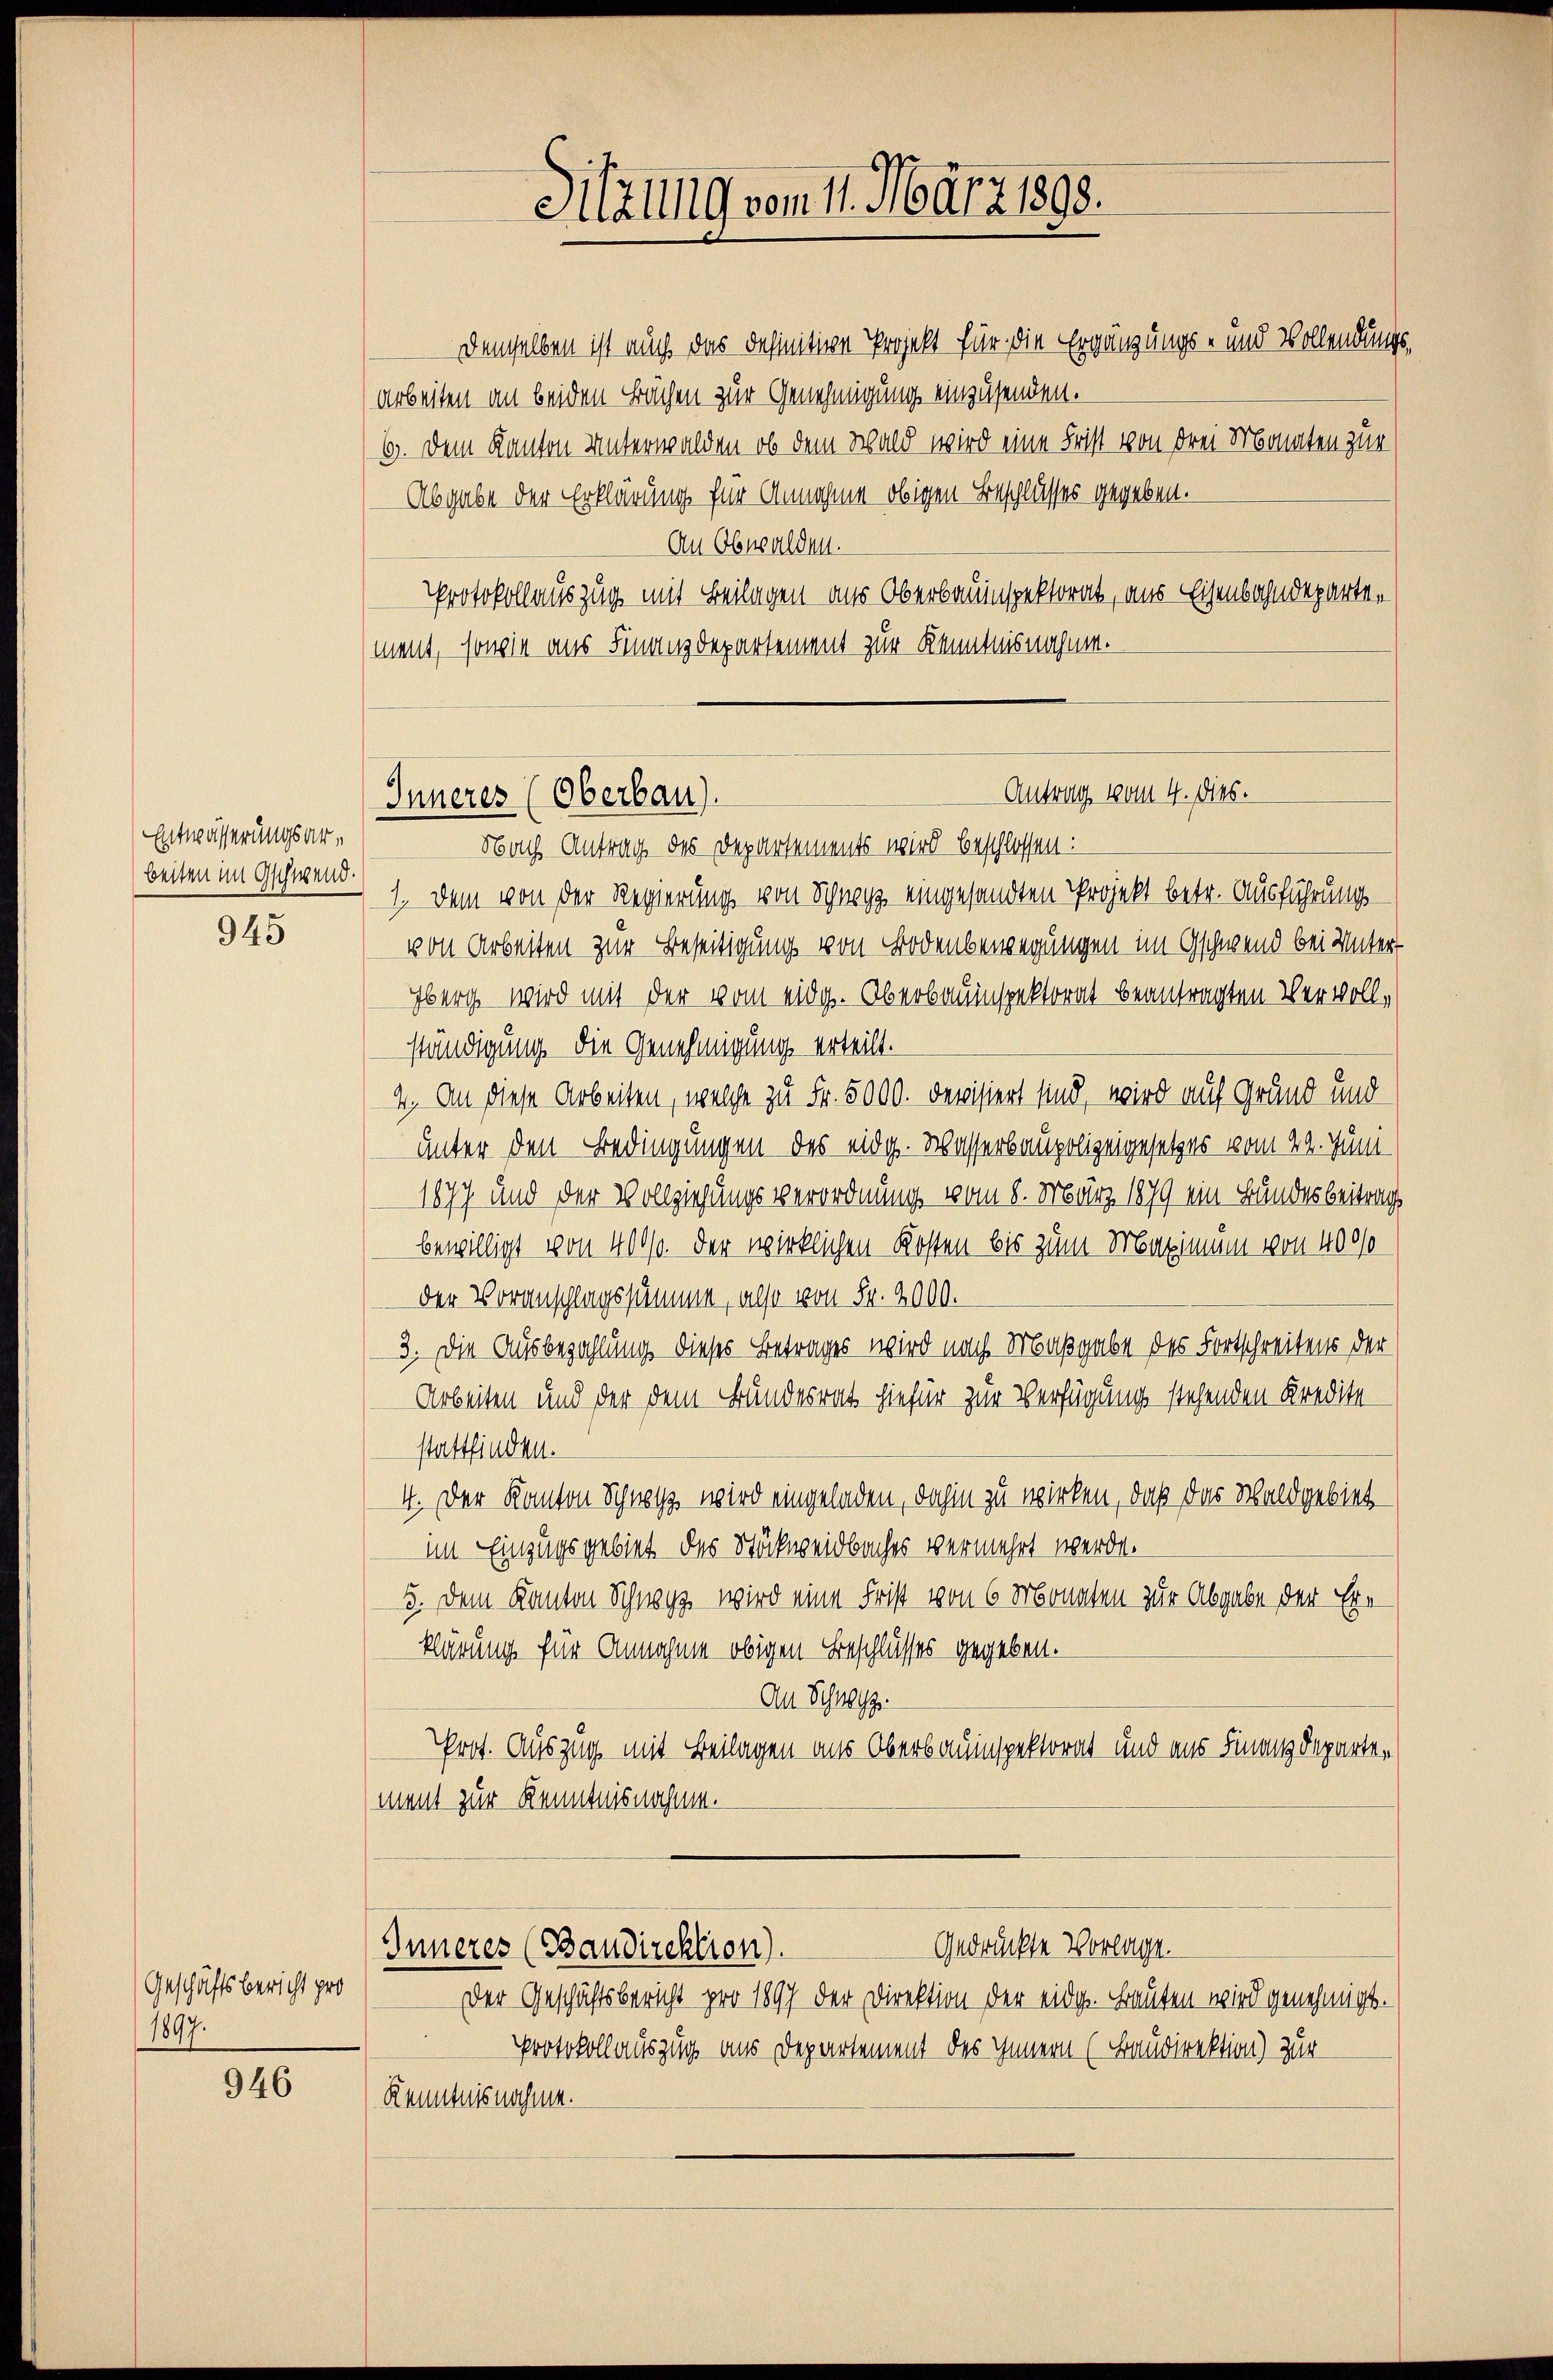
Entwässerungsarbeiten im Gschwend.

945

Geschäftsbericht pro
1897.

946

Sitzung vom 11. März 1898.

demselben ist auch das definitive Projekt für die Ergänzungs- und Vollendungs¬
Arbeiten an beiden Bächen zur Genehmigung einzusenden.
19. Dem Kanton Unterwalden, ob dem Wald wird eine Frist von drei Monaten zur
Abgabe der Erklärung für Annahme obigen Beschlusses gegeben.
An Obwalden.
Protokollauszug mit Beilagen aus Oberbauinspektorat, aus Eisenbahndepartement, sowie aus Finanzdepartement zur Kenntnisnahmen.

Antrag vom 4. dies.
Inneres (Oberbau).

Nach Antrag des Departements wird beschlossen:
1. Dem von der Regierung von Schwyz eingesandten Projekt betr. Ausführungs-
von Arbeiten zur Beseitigung von Bodenbewegungen im Gschwend bei Unter
Eberg wird mit der vom eidg. Oberbauinspektorat beantragten Vervollständigung die Genehmigung erteilt.
4. An diese Arbeiten, welche zu Fr. 5000. Devisiert sind, wird auf Grund und
unter den Bedingungen des eidg. Wasserbaupolizeigesetzes vom 29. Juni
1877 und der Vollziehungsverordnung vom 8. März 1879 ein Bundesbeitrag
bewilligt von 400/. der wirklichen Kosten bis zum Maximum von 400/0
der Voranschlagssumme, also von Fr. 2000.
3. Die Ausbezahlung dieses Betrages wird nach Maßgabe des Fortschreitens der
Arbeiten und der dem Bundesrat hiefür zur Verfügung stehenden Kredite
stattfinden.
4. Der Kanton Schnet wird eingeladen, dahin zu wirken, daß das Waldgebiet
im Einzugsgebiet des Stückweidbaches vermehrt werde.
5. Dem Kanton Schwyz, wird eine Frist von 6 Monaten zur Abgabe der Erklärung für Annahme obigen Beschlusses gegeben.
An Schwsp.
Prot. Auszug mit Beilagen aus Oberbauinspektorat und aus Finanzdepartement zur Kenntnisnahmen.
Gedrückte Vorlage.
Inneres (Baudirektion).
Der Geschäftsbericht pro 1897 der Direktion der eidg. Bauten wird genehmigt.
Protokollauszug aus Departement des Innern (Baudirektion) zur
Kenntnisnahme.